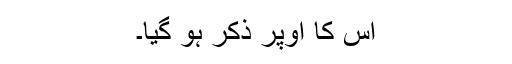
اس کا اوپر ذکر ہو گیا۔